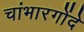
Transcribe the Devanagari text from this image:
चांभारगोंदे